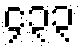
၄၃၃